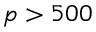
p > 5 0 0